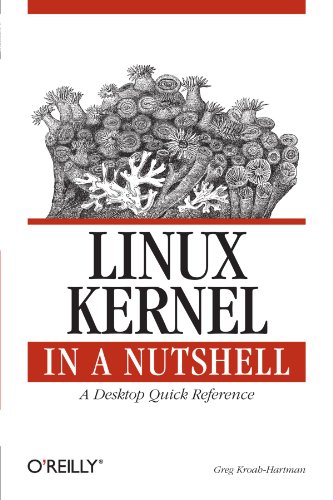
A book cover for Linux Kernel in a Nutshell (In a Nutshell (O'Reilly)); Greg Kroah-Hartman; Computers & Technology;